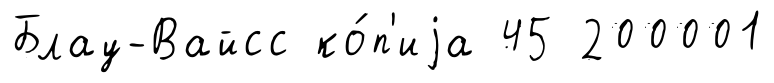
Блау-Вайсс ко́п'иjа 45 200001